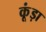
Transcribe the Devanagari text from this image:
कूंड़ा